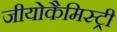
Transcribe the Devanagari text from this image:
जीयोकैमिस्ट्री